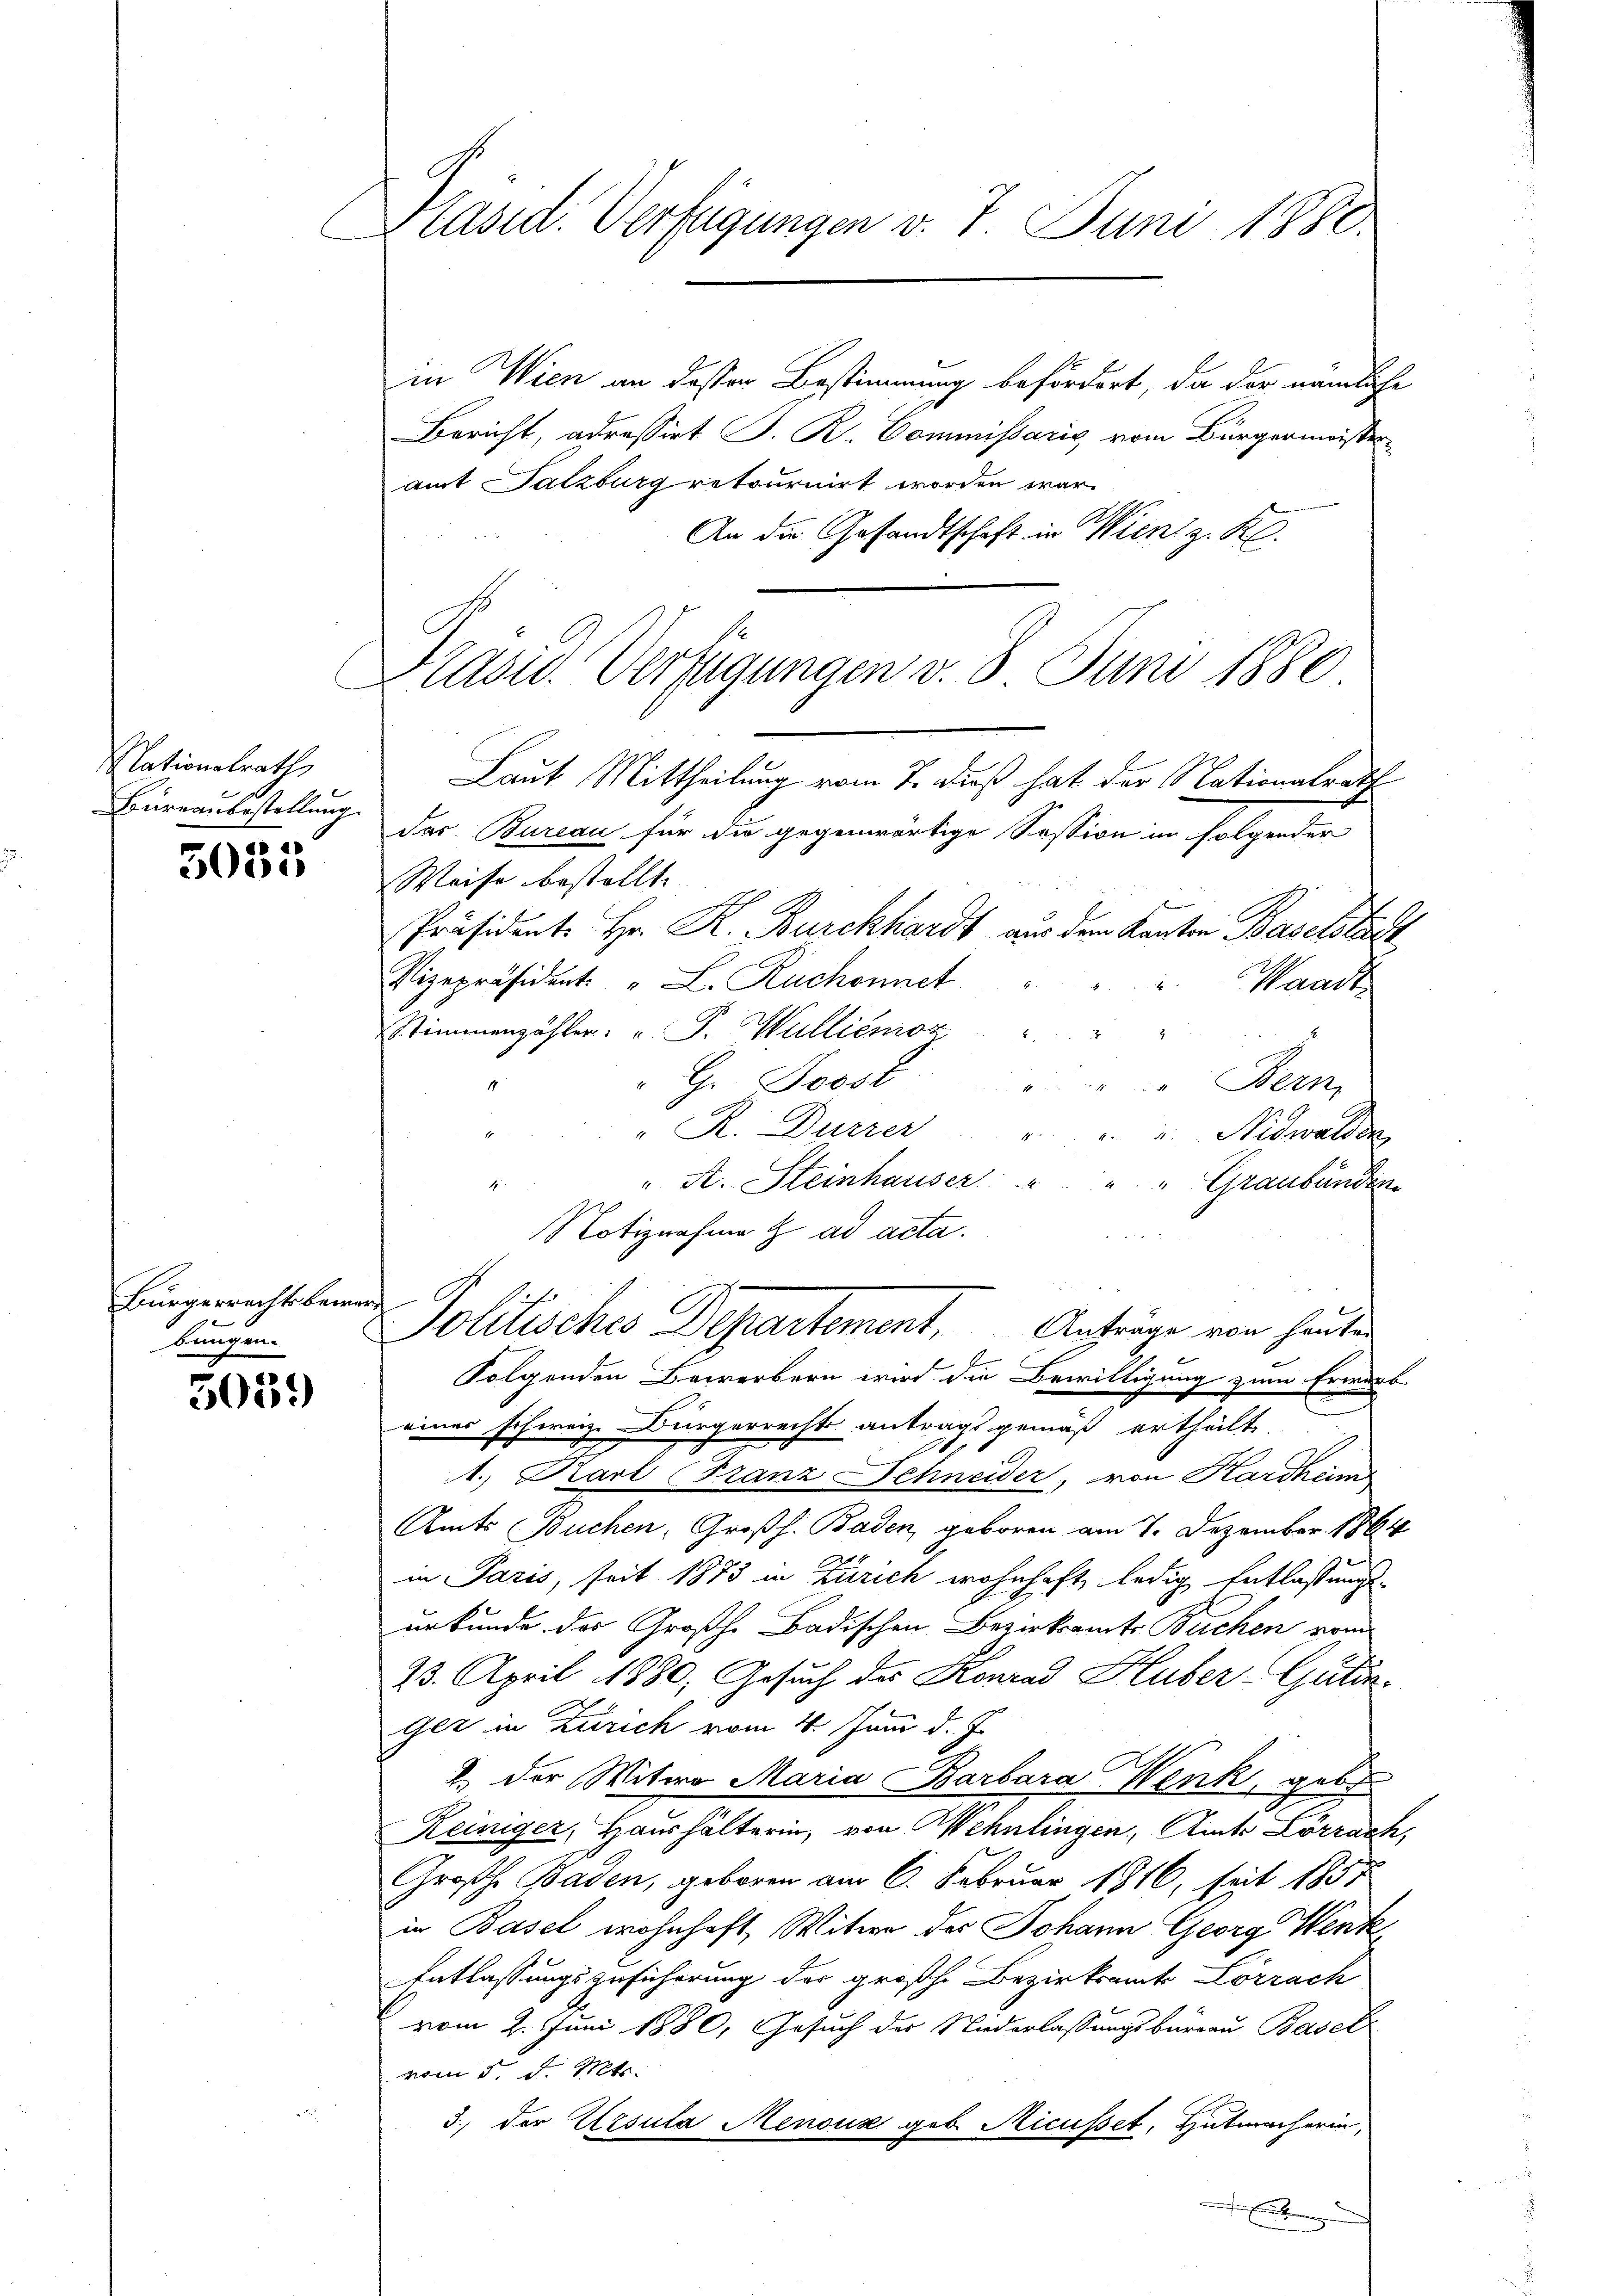
Nationalrath
Büreaubestellung

3033

Bürgerrechtsbaren
bungen.

5059

Präsid. Verfügungen v. 7. Juni 1880.

in Wien an dasser Bestimmung befördert, da der nämliche
Bericht, adressirt P. R. Commissaris, vom Bürgermeisteramt Salzburg retournirt worden war.
An die Gesandtschaft in Wien z. K.
Laut Mittheilung vom 7. Fuß hat der Nationalrath
dar. Bureau für die gegenwärtige Session im folgender
Weise bestellte.
Präsidente Hr. R. Burckhardt vor dem Kanton Baselstadt
Vizepräsident. " L. Ruchonnet
Waadt
Stimmenzähler: " F. Wulliemor
i
" G. Bosst
 i. Bern
R. Dürrer
". Nidwalden,
". A. Steinhauser " " " Graubündin
Notiznahme & ad acta.
Politisches Departement. Anträge von heuten
Folgenden Bewerbern wird die Bewilligung zum Erwart
eines schweiz. Bürgerrecht antrags gemäß ertheilt,
1. Karl (Franz Schneider, von Hardkeim
Amts Buchen, Großh. Baden, geboren am 7. Dezember 1864
in Paris, seit 1873 in Zürich wohnhaft ledig Entlassungs-
urkunde der Großh. Badischen Bezirksamte Buchen vom
23. April 1880, Gesuch der Konrad Huber,Gutinger in Zürich vom 4. Juni d. J.
2.) Der Witwe Maria Barbara Menk, geb.
Reiniger, Haushälterin, von Wehnlingen, Amts Lörrach,
Großh. Baden, geboren am 6. Februar 1816, seit 1857
in Basel wohnhaft, Witwe des Johann Georg Wenk
Entlassungszusicherung der großh. Bezirksamt Lörrach
vom 2. Juni 1880, Gesuch der Niderlassungsburgau Basel
vom 5. d. Mts.
3., der Ursula Menouz geb. Micusset, Hutmacherin¬

Präsid. Verfügungen v. 8. Juni 1886